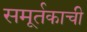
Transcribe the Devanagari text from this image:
समूर्तकाची